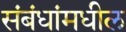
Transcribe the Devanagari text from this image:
संबंधांमधील